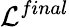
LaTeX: \mathcal{L}^{final}